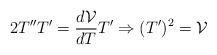
LaTeX: \begin{align*}2T''T'=\frac{d\mathcal{V}}{dT}T'\Rightarrow (T')^2=\mathcal{V}\end{align*}